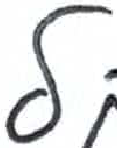
אות: ל